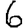
Digit: 6